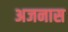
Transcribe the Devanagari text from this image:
अजनास